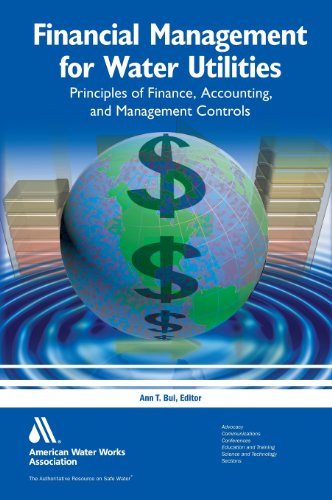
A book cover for Financial Management for Water Utilities: Principles of Finance, Accounting and Management Controls; Business & Money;